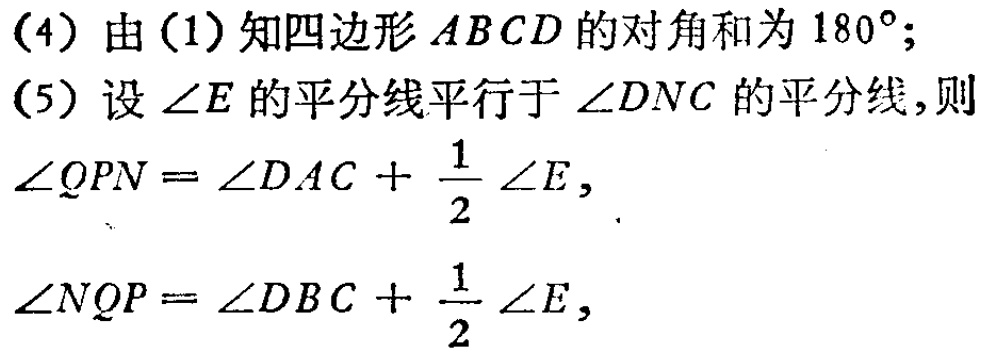
(4) 由(1)知四边形 \(ABCD\) 的对角和为 \(180^{\circ}\);
(5) 设 \(\angle E\) 的平分线平行于 \(\angle DNC\) 的平分线,则
\(\angle QPN = \angle DAC+\frac{1}{2}\angle E\),
\(\angle NQP = \angle DBC+\frac{1}{2}\angle E\),